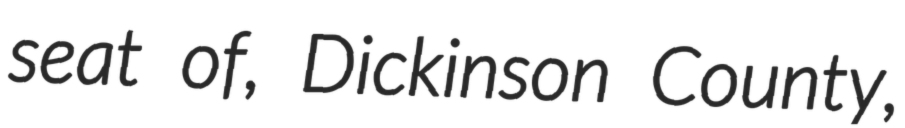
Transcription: seat of, Dickinson County,